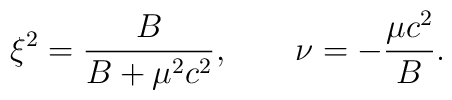
\xi^2 = \frac{B}{B+\mu^2 c^2}, \qquad \nu = -\frac{\mu c^2}{B}.